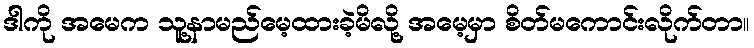
ဒါကို အမေက သူ့နာမည်မေ့ထားခဲ့မိလို့ အမေ့မှာ စိတ်မကောင်းလိုက်တာ။